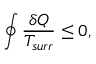
\oint { \frac { \delta Q } { T _ { s u r r } } } \leq 0 ,